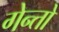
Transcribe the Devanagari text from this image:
गेन्तो